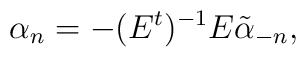
\alpha_{n}=-(E^{t})^{-1}E\tilde{\alpha}_{-n},